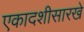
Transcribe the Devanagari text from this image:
एकादशीसारखे